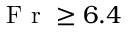
\mathrm { ~ F ~ r ~ } \ge 6 . 4